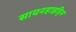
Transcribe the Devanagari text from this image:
सायनहाइड्रिन